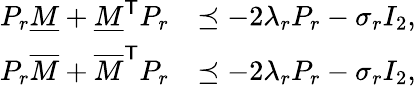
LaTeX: \begin{array}{rl}{P_{r}\underline{{M}}+\underline{{M}}^{\mathsf{T}}P_{r}}&{\preceq-2\lambda_{r}P_{r}-\sigma_{r}I_{2},}\\ {P_{r}\overline{{M}}+\overline{{M}}^{\mathsf{T}}P_{r}}&{\preceq-2\lambda_{r}P_{r}-\sigma_{r}I_{2},}\end{array}